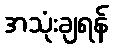
အသုံးချရန်